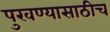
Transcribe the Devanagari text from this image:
पुरवण्यासाठीच